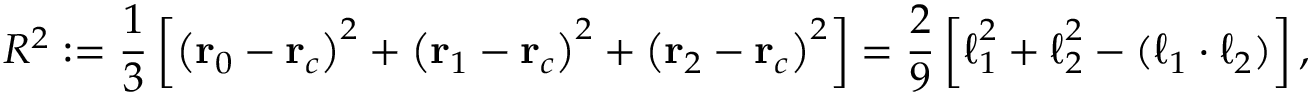
R ^ { 2 } : = \frac { 1 } { 3 } \left[ \left( \mathbf { r } _ { 0 } - \mathbf { r } _ { c } \right) ^ { 2 } + \left( \mathbf { r } _ { 1 } - \mathbf { r } _ { c } \right) ^ { 2 } + \left( \mathbf { r } _ { 2 } - \mathbf { r } _ { c } \right) ^ { 2 } \right] = \frac { 2 } { 9 } \left[ \boldsymbol { \ell } _ { 1 } ^ { 2 } + \boldsymbol { \ell } _ { 2 } ^ { 2 } - ( \boldsymbol { \ell } _ { 1 } \cdot \boldsymbol { \ell } _ { 2 } ) \right] ,